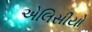
એલિસીયો